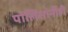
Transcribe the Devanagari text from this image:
पोलिसांनीही